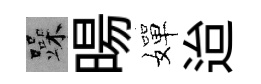
躁暘嬋迨